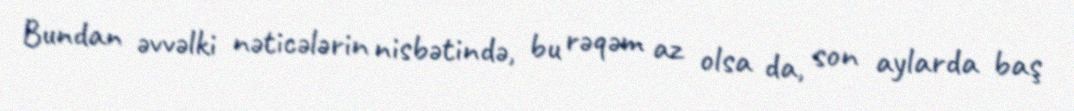
Bundan əvvəlki nəticələrin nisbətində, bu rəqəm az olsa da, son aylarda baş